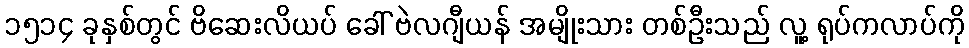
၁၅၁၄ ခုနှစ်တွင် ဗိဆေးလိယပ် ခေါ် ဗဲလဂျီယန် အမျိုးသား တစ်ဦးသည် လူ့ ရုပ်ကလာပ်ကို